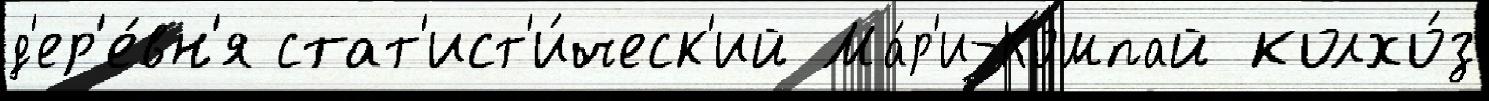
д'ер'е́вн'я стат'ист'и́ческ'ий Ма́р'и-Кошпай колхо́з